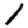
Digit: 1